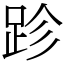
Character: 跈